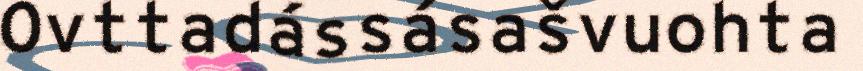
Ovttadássásašvuohta